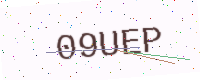
Text: 09UEP